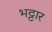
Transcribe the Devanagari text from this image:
भट्टार